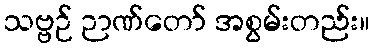
သဗ္ဗဉ် ဉာဏ်တော် အစွမ်းတည်း။